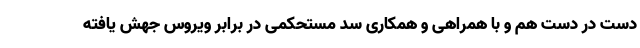
دست در دست هم و با همراهی و همکاری سد مستحکمی در برابر ویروس جهش یافته